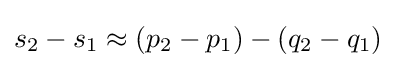
s_{2}-s_{1}\approx (p_{2}-p_{1})-(q_{2}-q_{1})